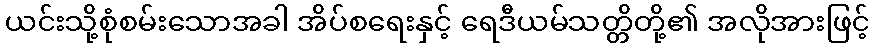
ယင်းသို့စုံစမ်းသောအခါ အိပ်စရေးနှင့် ရေဒီယမ်သတ္တိတို့၏ အလိုအားဖြင့်